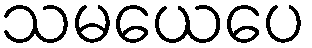
သမယေပေ